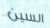
السين